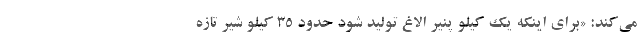
می‌کند: «برای اینکه یک کیلو پنیر الاغ تولید شود حدود ۳۵ کیلو شیر تازه